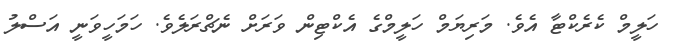
ހަލީމް ކެރެކްޓާ އެވެ. މަރިޔަމް ހަލީމްގެ އެކްޓިން ވަރަށް ނެޗްރަލެވެ. ހަމަހީވަނީ އަސްލު